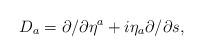
LaTeX: \begin{align*}D_a=\partial/\partial\eta^a + i\eta_a\partial/{\partial s},\end{align*}